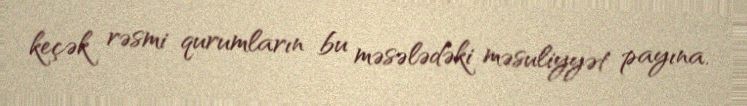
keçək rəsmi qurumların bu məsələdəki məsuliyyət payına.